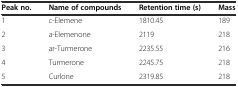
| Peak no. | Name of compounds | Retention time (s) | Mass |
 | --- | --- | --- | --- |
 | 1 | c-Elemene | 1810.45 | 189 |
 | 2 | a-Elemenone | 2119 | 218 |
 | 3 | ar-Turmerone | 2235.55 | 216 |
 | 4 | Turmerone | 2245.75 | 218 |
 | 5 | Curlone | 2319.85 | 218 |